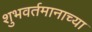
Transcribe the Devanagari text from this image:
शुभवर्तमानाच्या